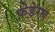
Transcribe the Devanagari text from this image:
फ़ेडेरल